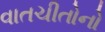
વાતચીતોનો